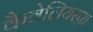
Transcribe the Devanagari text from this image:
कैवेलियरफ़